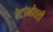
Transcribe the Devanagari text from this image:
बेटांभोवती